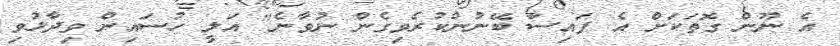
އެ ނޫން ގޮތަކަށް އެ ފައިސާ ބޭނުންކުރެވިގެން ނުވާނެ" އަލީ ހުސައިން ވިދާޅުވި